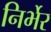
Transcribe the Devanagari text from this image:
निर्भेर